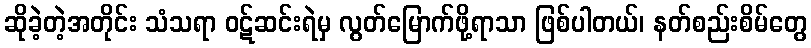
ဆိုခဲ့တဲ့အတိုင်း သံသရာ ဝဋ်ဆင်းရဲမှ လွတ်မြောက်ဖို့ရာသာ ဖြစ်ပါတယ်၊ နတ်စည်းစိမ်တွေ